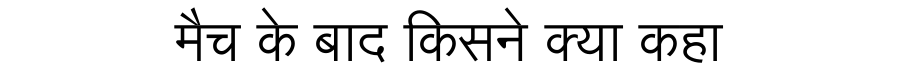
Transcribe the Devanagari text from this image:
मैच के बाद किसने क्या कहा